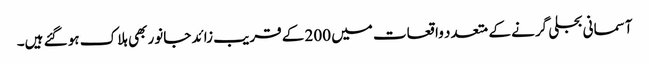
آسمانی بجلی گرنے کے متعدد واقعات میں 200 کے قریب زائد جانور بھی ہلاک ہو گئے ہیں۔